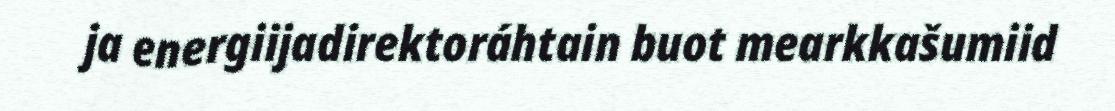
ja energiijadirektoráhtain buot mearkkašumiid